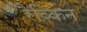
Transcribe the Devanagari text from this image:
रैब्किन